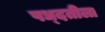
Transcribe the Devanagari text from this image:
पध्दतीला